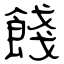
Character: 餞